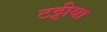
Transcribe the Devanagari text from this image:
टट्टीया